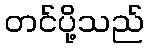
တင်ပို့သည်